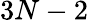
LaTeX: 3N-2